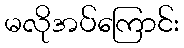
မလိုအပ်ကြောင်း